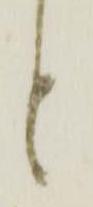
と